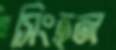
সিংহল